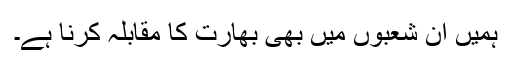
ہمیں ان شعبوں میں بھی بھارت کا مقابلہ کرنا ہے۔